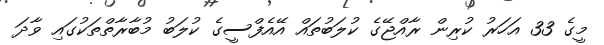
މީގެ 33 އަހަރު ކުރިން ރާއްޖޭގެ ކުލަބުތައް އޭއެފްސީގެ ކުލަބު މުބާރާތްތަކުގައި ވާދަ